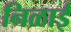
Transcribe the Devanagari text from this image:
निळाई